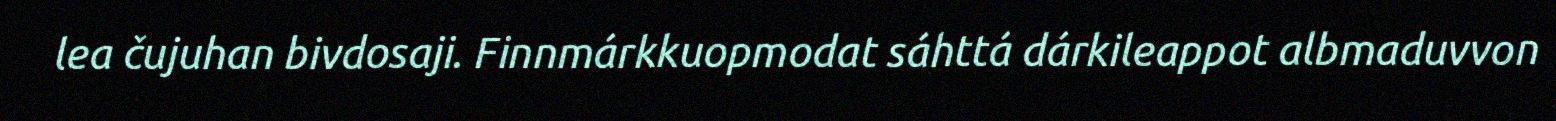
lea čujuhan bivdosaji. Finnmárkkuopmodat sáhttá dárkileappot albmaduvvon